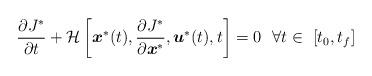
LaTeX: \begin{align*} \frac{ \partial J^{\ast}} {\partial t} + \mathcal{H} \left[ \boldsymbol{x}^\ast (t), \frac{\partial J^*}{\partial \boldsymbol{x}^*},\boldsymbol{u}^*(t), t \right]=0 \ \ \forall t \in \ [t_0,t_f]\end{align*}